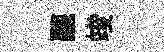
聽竣